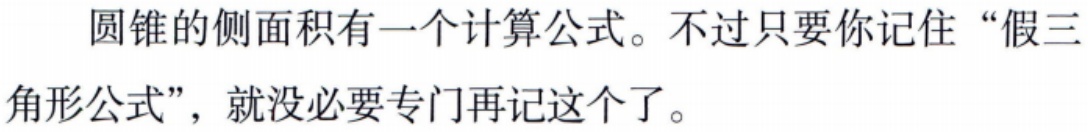
圆锥的侧面积有一个计算公式。不过只要你记住“假三角形公式”，就没必要专门再记这个了。